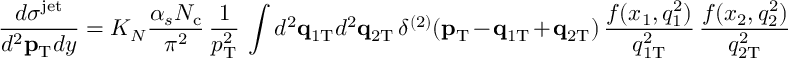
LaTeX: \frac { d \sigma ^ { \mathrm { j e t } } } { d ^ { 2 } { \bf p } _ { \mathrm { T } } d y } = K _ { N } \frac { \alpha _ { s } N _ { \mathrm { c } } } { \pi ^ { 2 } } \, \frac { 1 } { p _ { \mathrm { T } } ^ { 2 } } \, \int d ^ { 2 } { \bf q } _ { 1 \mathrm { T } } d ^ { 2 } { \bf q } _ { 2 \mathrm { T } } \, \delta ^ { ( 2 ) } ( { \bf p } _ { \mathrm { \mathrm { T } } } - { \bf q } _ { 1 \mathrm { T } } + { \bf q } _ { 2 \mathrm { T } } ) \, \frac { f ( x _ { 1 } , q _ { 1 } ^ { 2 } ) } { q _ { 1 \mathrm { T } } ^ { 2 } } \, \frac { f ( x _ { 2 } , q _ { 2 } ^ { 2 } ) } { q _ { 2 \mathrm { T } } ^ { 2 } }